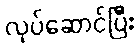
လုပ်ဆောင်ပြီး